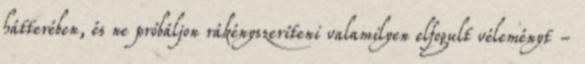
hátterében, és ne próbáljon rákényszeríteni valamilyen elfogult véleményt -